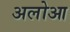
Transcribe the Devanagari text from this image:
अलोआ